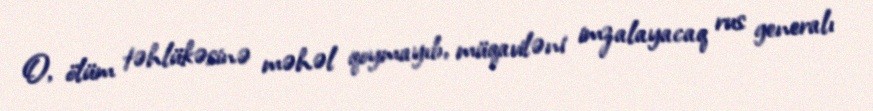
O, ölüm təhlükəsinə məhəl qoymayıb, müqaviləni imzalayacaq rus generalı